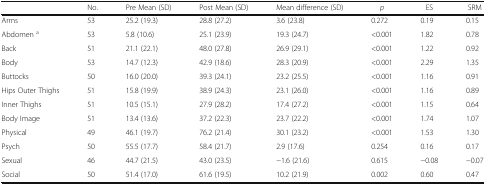
|  | No. | Pre Mean (SD) | Post Mean (SD) | Mean difference (SD) | p | ES | SRM |
 | --- | --- | --- | --- | --- | --- | --- | --- |
 | Arms | 53 | 25.2 (19.3) | 28.8 (27.2) | 3.6 (23.8) | 0.272 | 0.19 | 0.15 |
 | Abdomen a | 53 | 5.8 (10.6) | 25.1 (23.9) | 19.3 (24.7) | <0.001 | 1.82 | 0.78 |
 | Back | 51 | 21.1 (22.1) | 48.0 (27.8) | 26.9 (29.1) | <0.001 | 1.22 | 0.92 |
 | Body | 53 | 14.7 (12.3) | 42.9 (18.6) | 28.3 (20.9) | <0.001 | 2.29 | 1.35 |
 | Buttocks | 50 | 16.0 (20.0) | 39.3 (24.1) | 23.2 (25.5) | <0.001 | 1.16 | 0.91 |
 | Hips Outer Thighs | 51 | 15.8 (19.9) | 38.9 (24.3) | 23.1 (26.0) | <0.001 | 1.16 | 0.89 |
 | Inner Thighs | 51 | 10.5 (15.1) | 27.9 (28.2) | 17.4 (27.2) | <0.001 | 1.15 | 0.64 |
 | Body Image | 51 | 13.4 (13.6) | 37.2 (22.3) | 23.7 (22.2) | <0.001 | 1.74 | 1.07 |
 | Physical | 49 | 46.1 (19.7) | 76.2 (21.4) | 30.1 (23.2) | <0.001 | 1.53 | 1.30 |
 | Psych | 50 | 55.5 (17.7) | 58.4 (21.7) | 2.9 (17.6) | 0.254 | 0.16 | 0.17 |
 | Sexual | 46 | 44.7 (21.5) | 43.0 (23.5) | −1.6 (21.6) | 0.615 | −0.08 | −0.07 |
 | Social | 50 | 51.4 (17.0) | 61.6 (19.5) | 10.2 (21.9) | 0.002 | 0.60 | 0.47 |